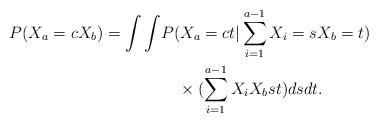
LaTeX: \begin{align*}P(X_a=cX_b)=\int\int &P(X_a=ct|\sum_{i=1}^{a-1}X_i=s X_b=t)\\&\quad\times( \sum_{i=1}^{a-1}X_i X_b s t) dsdt.\end{align*}